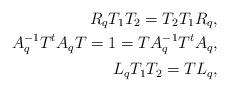
LaTeX: \begin{align*}R_qT_1T_2=T_2T_1R_q,\\A_q^{-1}T^tA_qT=1=TA_q^{-1}T^tA_q,\\L_qT_1T_2=TL_q,\end{align*}